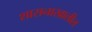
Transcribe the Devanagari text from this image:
शासनाखालील